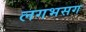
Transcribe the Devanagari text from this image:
लगभसग